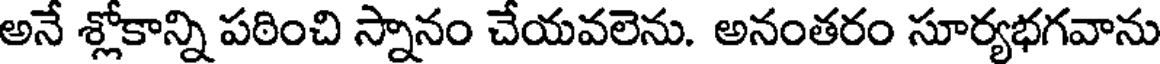
అనే శ్లోకాన్ని పఠించి స్నానం చేయవలెను. అనంతరం సూర్యభగవాను